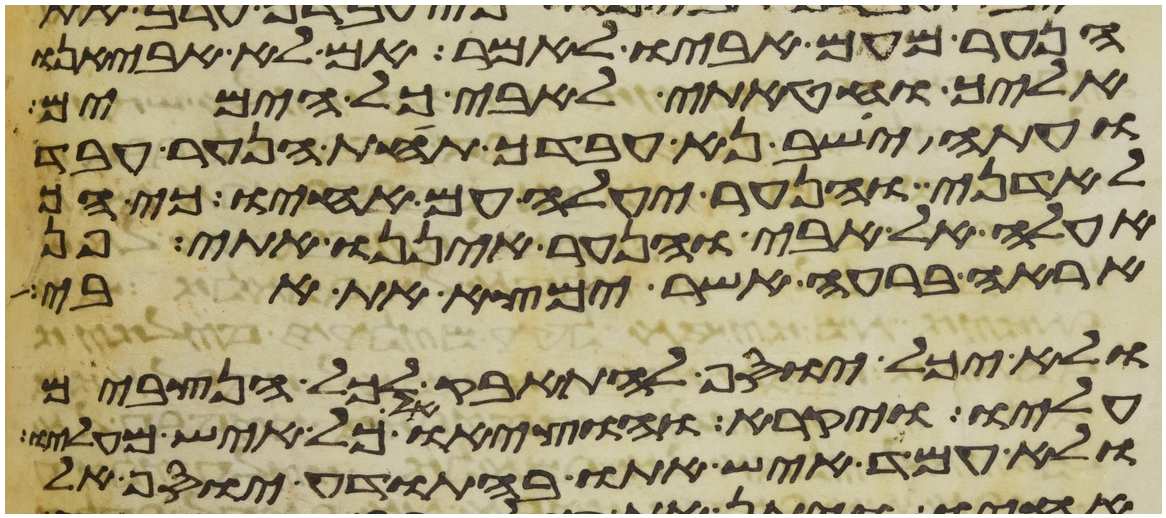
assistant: הנער מעם אביו לאמר אם לא אביאנו
אליך וחטאתי לאבי כל הימים
ועתה ישב נא עבדך תחת הנער עבד
לאדני והנער יעלה עם אחיו כי
אעלה אל אבי והנער איננו אתי פן
אראה ברעה אשר ימצא את אבי
ולא יכל יוסף להתאפק לכל הנצבים
עליו ויקרא והוציאו כל איש מעליו
ולא עמד איש אתו בהתודע יוסף אל